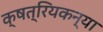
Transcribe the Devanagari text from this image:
क्षत्रियकन्या